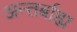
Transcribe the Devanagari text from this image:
अन्तर्बाह्य